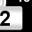
Digit: 2